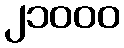
၂၁၀၀၀